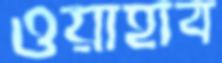
ওয়াহাব